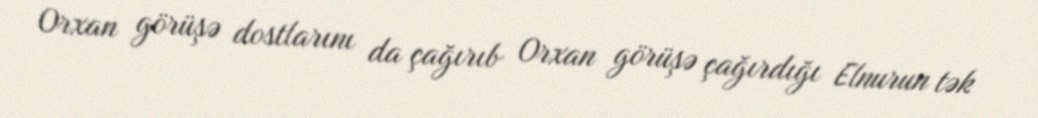
Orxan görüşə dostlarını da çağırıb Orxan görüşə çağırdığı Elnurun tək